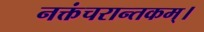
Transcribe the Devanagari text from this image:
नक्तंचरान्तकम्‌।